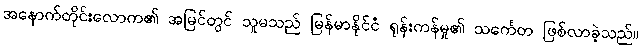
အနောက်တိုင်းလောက၏ အမြင်တွင် သူမသည် မြန်မာနိုင်ငံ ရုန်းကန်မှု၏ သင်္ကေတ ဖြစ်လာခဲ့သည်။